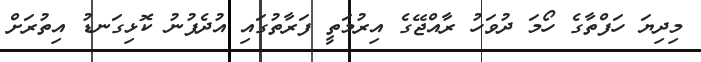
މިދިޔަ ހަފްތާގެ ހޯމަ ދުވަހު ރާއްޖޭގެ އިރުމަތީ ފަރާތުގައި އުދެފުނު ކޮޅިގަނޑު އިތުރަށް